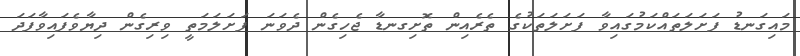
މައިގަނޑު ފަށަލަތައްކަމުގައިވާ ފަށަލަތަކުގެ ތެރެއިން ތޮށިގނޑާ ޖެހިގެން ދެވަނަ ފަށަލަމަތީ ވިރިގެން ދިޔާވެފައިވާފަދަ